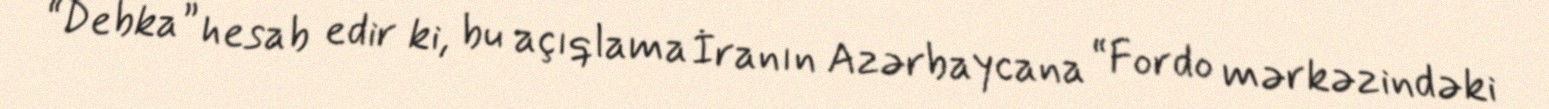
“Debka” hesab edir ki, bu açıqlama İranın Azərbaycana “Fordo mərkəzindəki